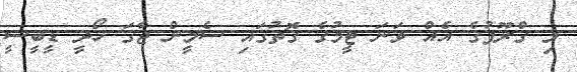
މި ގްރޫޕުގެ އެއް ވަނަ ޓީމުގެ ގޮތުގައި ސެމީން ޖާގަ ހޯދީ ޑީބީސީ